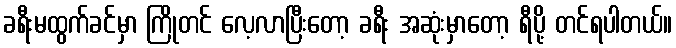
ခရီးမထွက်ခင်မှာ ကြိုတင် လေ့လာပြီးတော့ ခရီး အဆုံးမှာတော့ ရီပို့ တင်ရပါတယ်။